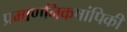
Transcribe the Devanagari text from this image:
प्रमाणनिकषांपिकी